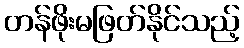
တန်ဖိုးမဖြတ်နိုင်သည့်